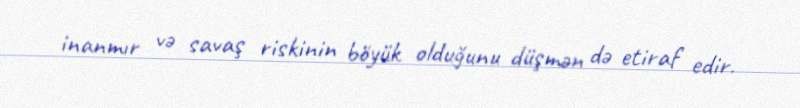
inanmır və savaş riskinin böyük olduğunu düşmən də etiraf edir.